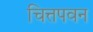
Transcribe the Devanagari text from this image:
चित्तपवन